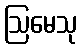
ဩမေသု